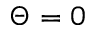
\Theta = 0